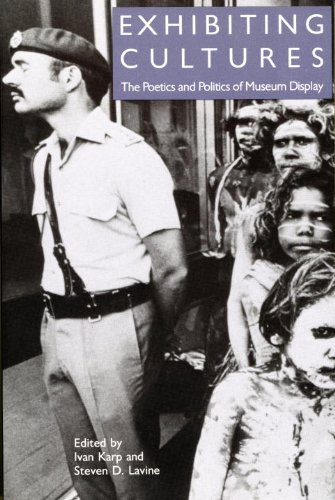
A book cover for Exhibiting Cultures: The Poetics and Politics of Museum Display; Steven D. Lavine; Politics & Social Sciences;